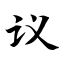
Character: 议